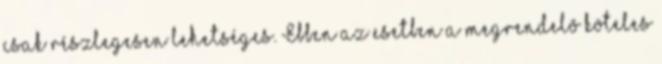
csak részlegesen lehetséges. Ebben az esetben a megrendelõ köteles